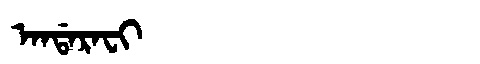
Manchu: ᠠᠨᡩᠠᡵᠠᠸᡳ
Romanization: ANDARAFI